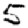
Digit: 5